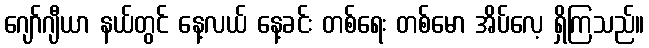
ဂျော်ဂျီယာ နယ်တွင် နေ့လယ် နေ့ခင်း တစ်ရေး တစ်မော အိပ်လေ့ ရှိကြသည်။